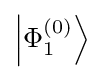
\left|\Phi _{1}^{(0)}\right\rangle